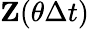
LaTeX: \mathbf{Z}(\theta\Delta t)